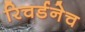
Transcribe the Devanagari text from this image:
रिचर्डनेच